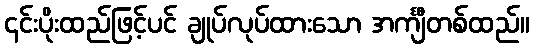
၎င်းပိုးထည်ဖြင့်ပင် ချုပ်လုပ်ထားသော အင်္ကျီတစ်ထည်။